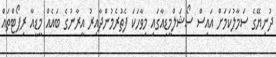
ދުނިޔޭގެ ސަމާލުކަމަށް އައިސް ސޯޝަލްމީޑިއާގައި މިވާހަކަ ފެތުރެމުންދާއިރު އީރާނުގެ ބައެއް މީޑީއާ ރިޕޯޓްތައް